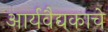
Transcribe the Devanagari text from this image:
आर्यवैद्यकाचे